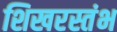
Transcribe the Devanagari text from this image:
शिखरस्तंभ